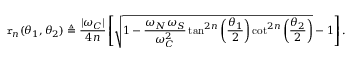
\mathtt { r } _ { n } ( \theta _ { 1 } , \theta _ { 2 } ) \triangleq \frac { | \omega _ { C } | } { 4 n } \left[ \sqrt { 1 - \frac { \omega _ { N } \omega _ { S } } { \omega _ { C } ^ { 2 } } \tan ^ { 2 n } \left( \frac { \theta _ { 1 } } { 2 } \right) \cot ^ { 2 n } \left( \frac { \theta _ { 2 } } { 2 } \right) } - 1 \right] .